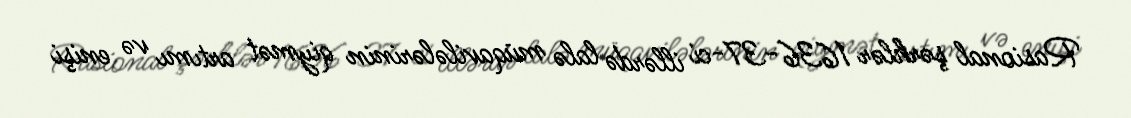
Rasional şərhlər 1636-37-ci illərdə lalə müqavilələrinin qiymət artımı və enişi